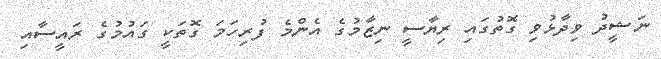
ނަޝީދު ވިދާޅުވި ގޮތުގައި ރިޔާސީ ނިޒާމުގެ އެންމެ ފުރިހަމަ ގޮތަކީ ގައުމުގެ ރައީސާއި